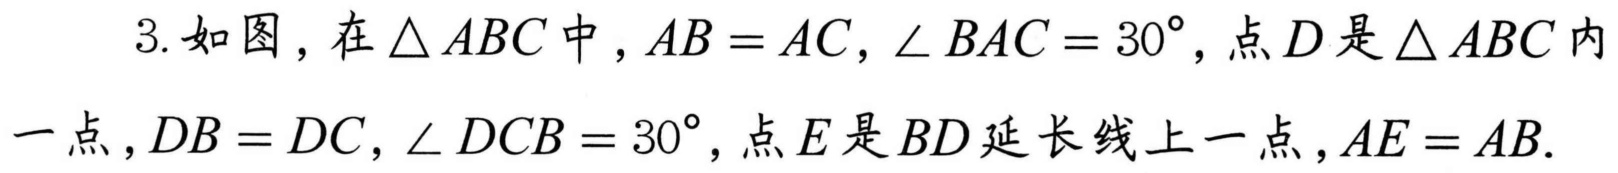
3. 如图，在\(\triangle ABC\)中，\(AB = AC\)，\(\angle BAC = 30^{\circ}\)，点\(D\)是\(\triangle ABC\)内一点，\(DB = DC\)，\(\angle DCB = 30^{\circ}\)，点\(E\)是\(BD\)延长线上一点，\(AE = AB\).